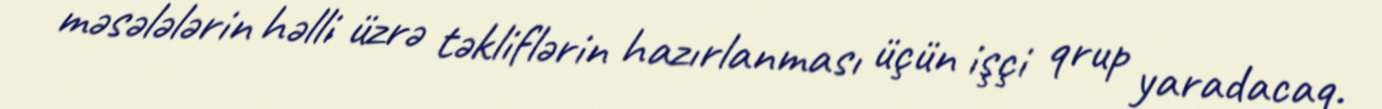
məsələlərin həlli üzrə təkliflərin hazırlanması üçün işçi qrup yaradacaq.